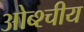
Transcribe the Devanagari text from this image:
ओब्श्चीय